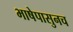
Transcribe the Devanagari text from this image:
भाषेपासुनच